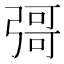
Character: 彁